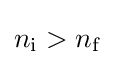
n_{\text{i}}>n_{\text{f}}